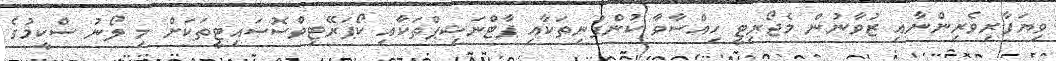
ވިޔަފާރިވެރިންނާއި ޒުވާނުން މެޖޯރިޓީ ހިއްސާވާ ކުންފުނިތަކާއި ޕާޓްނަޝިޕްތަކާއި ކޯޕަރޭޓިވްސޮސައިޓީތަކަށް މި ލޯނު ސްކީމުގެ